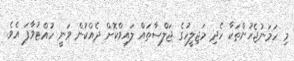
މި ހަމަނުޖެހުންތަކާ ހެދި މަޖިލީހުގެ ޖަލްސާތައް ލައިވްކޮށް ދެއްކުން ވަނީ ހުއްޓުވާފަ އެވެ.